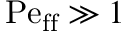
\mathrm { P e _ { f f } } \gg 1